DOW-UAP-D14, Mission Report, Iraq, May 2022
Agency: Department of War
Incident date: 5/29/22
Incident location: Syria
Page 9
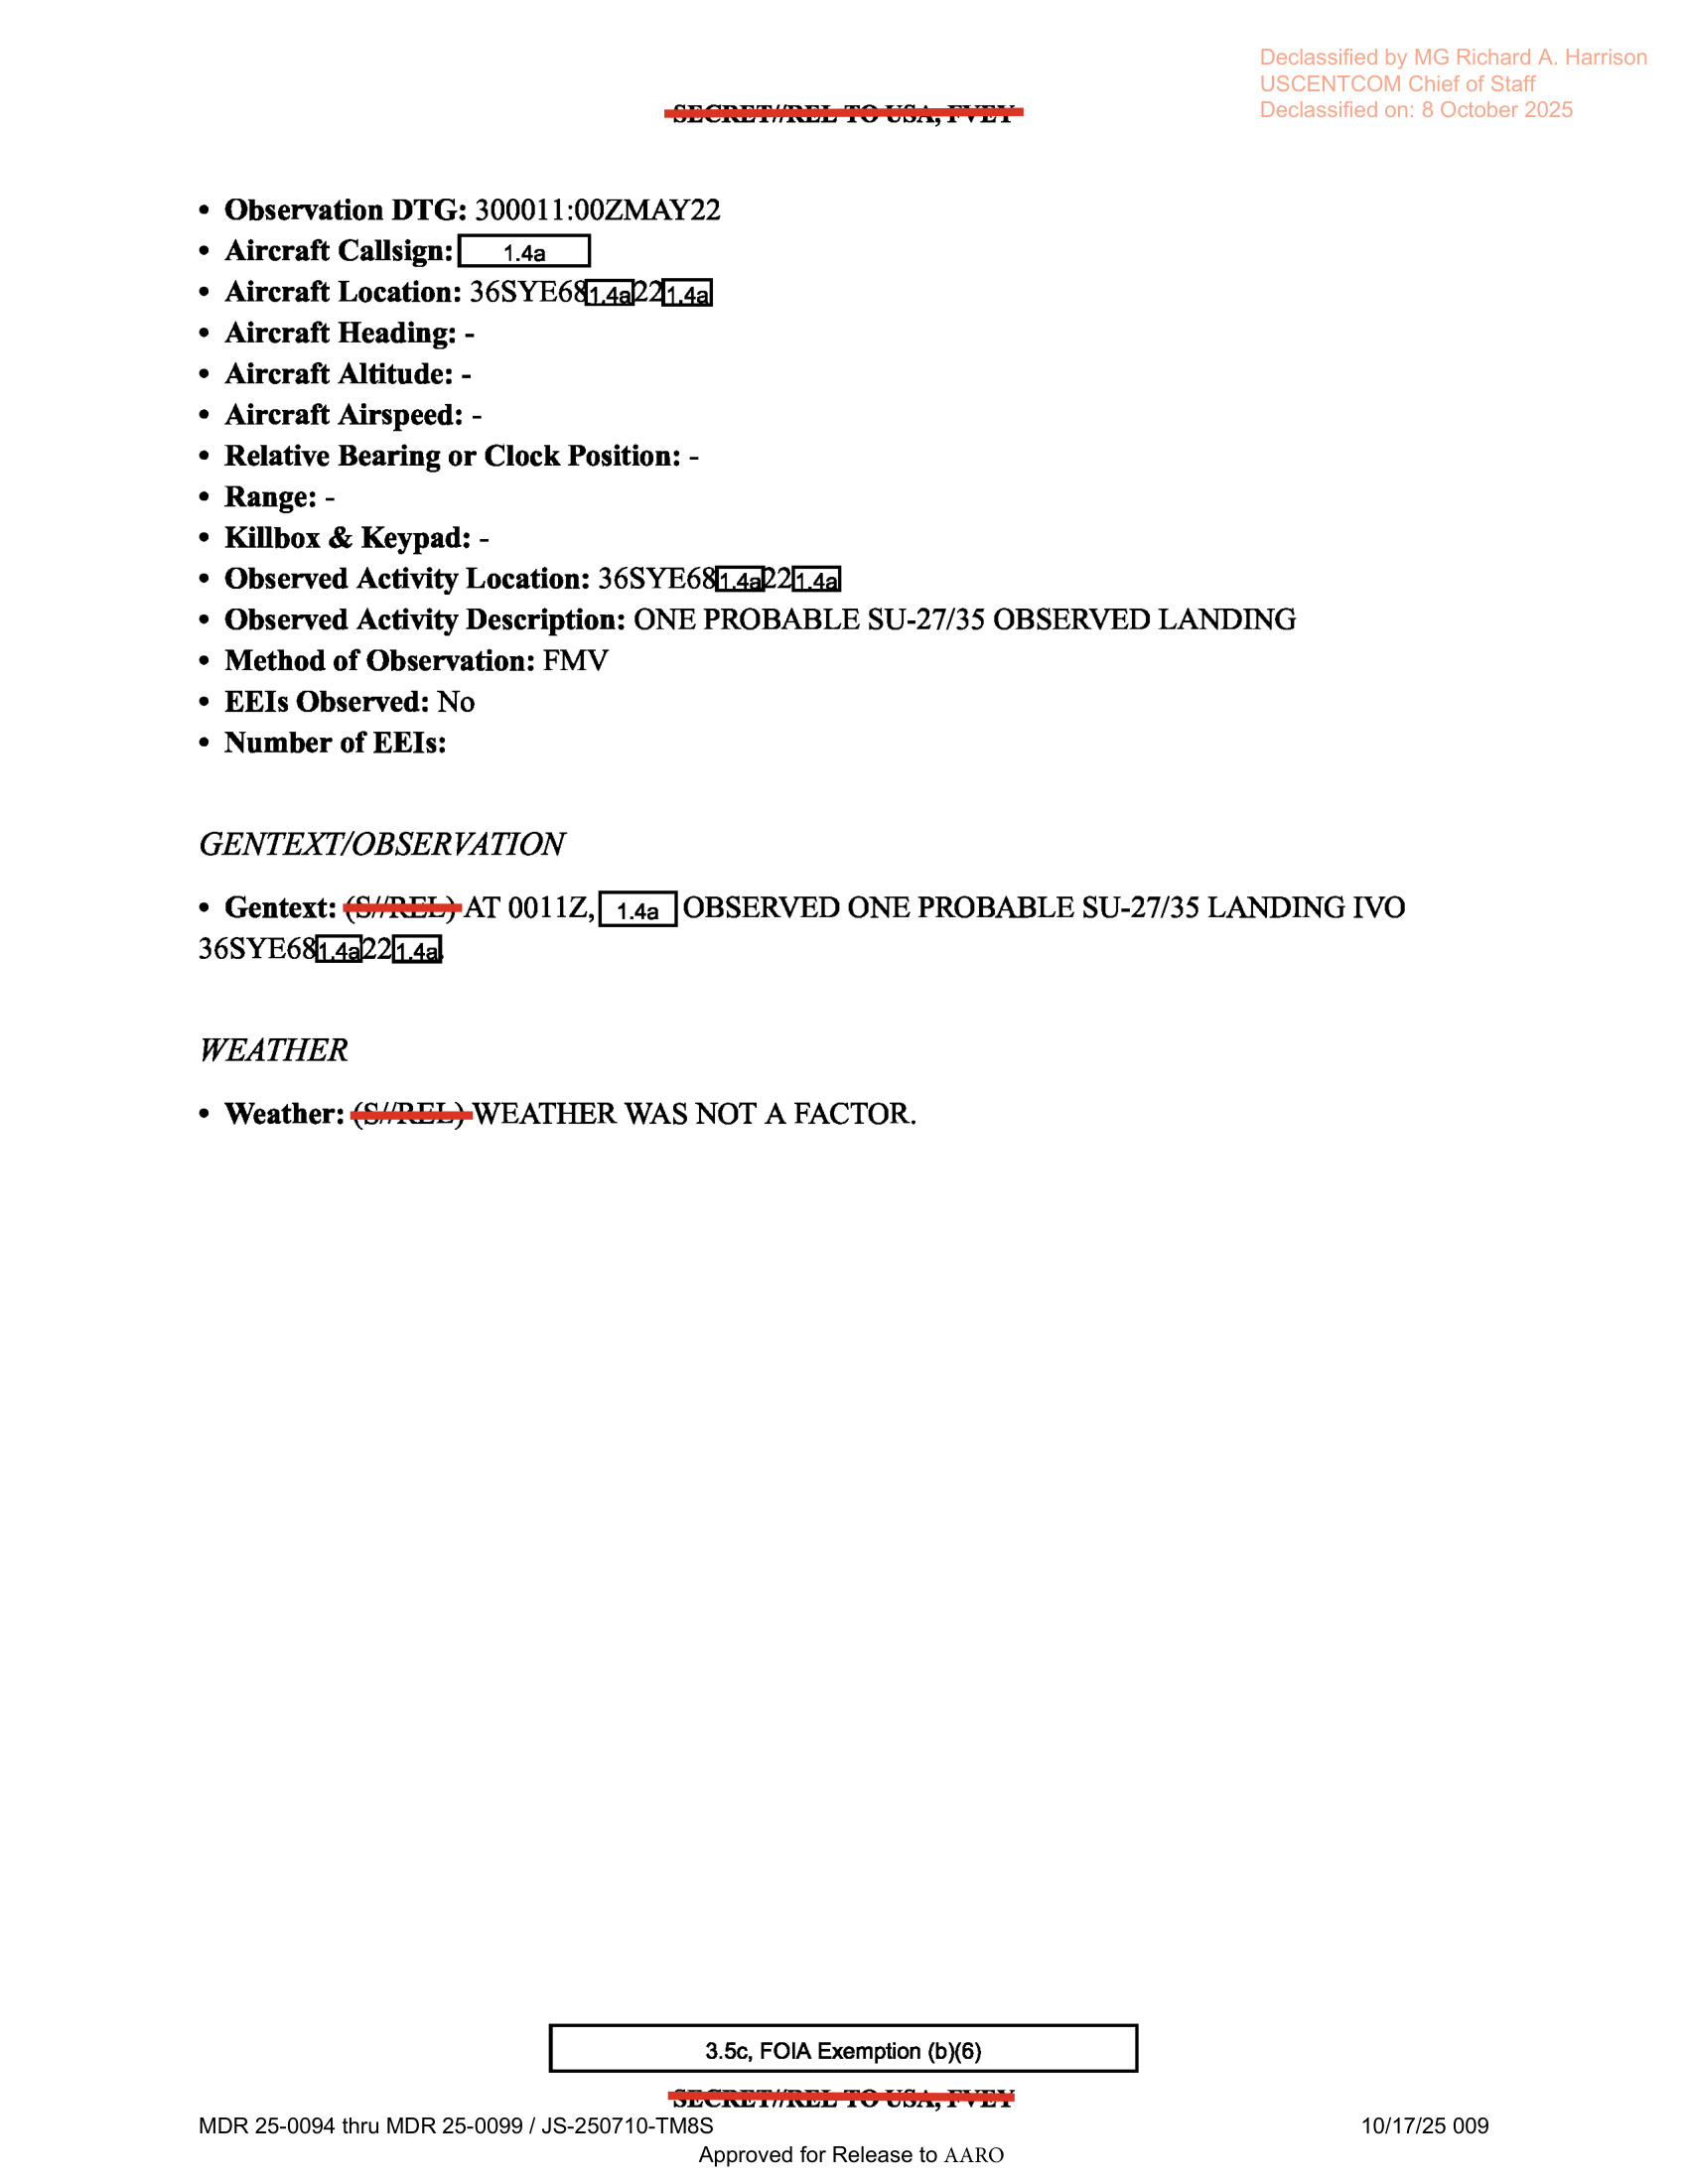